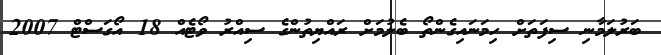
ބަރުލަމާނި ސިފަތަށް ހިމަނައިގެންތޯ ބެލުމަށް ރައްޔިތުންގެ ސިއްރު ވޯޓެއް 18 އޯގަސްޓް 2007